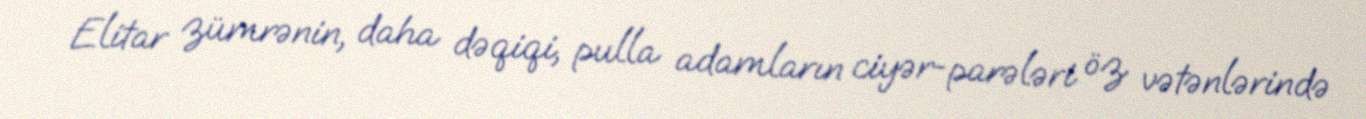
Elitar zümrənin, daha dəqiqi, pulla adamların ciyər-parələri öz vətənlərində